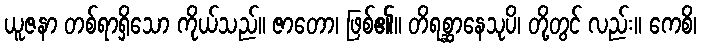
ယူဇနာ တစ်ရာရှိသော ကိုယ်သည်။ ဇာတော၊ ဖြစ်၏။ တိရစ္ဆာနေသုပိ၊ တို့တွင် လည်း။ ကေစိ၊